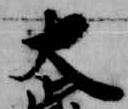
大